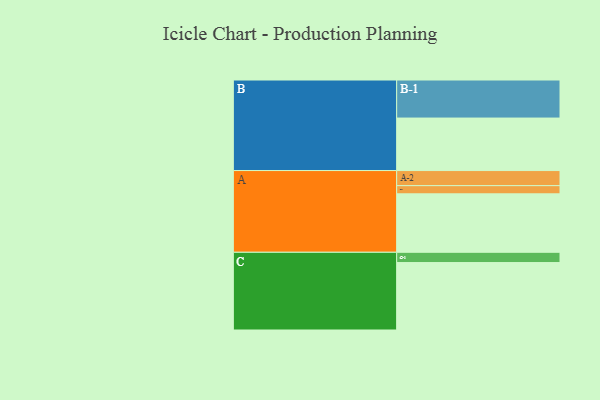
{"axis": {"x": "Segment", "y": "Value"}, "legend": ["", "A", "B", "C"], "data": [{"x": "A", "y": 364, "type": ""}, {"x": "B", "y": 327, "type": ""}, {"x": "C", "y": 420, "type": ""}, {"x": "A-1", "y": 51, "type": "A"}, {"x": "A-2", "y": 94, "type": "A"}, {"x": "B-1", "y": 237, "type": "B"}, {"x": "C-1", "y": 64, "type": "C"}]}